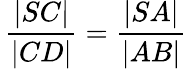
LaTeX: \, {\frac{|SC|}{|CD|}}={\frac{|SA|}{|AB|}}